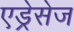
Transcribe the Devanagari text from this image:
एड्रेसेज